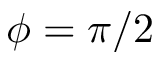
\phi = \pi / 2